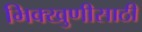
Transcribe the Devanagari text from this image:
भिक्खुणीसाठी